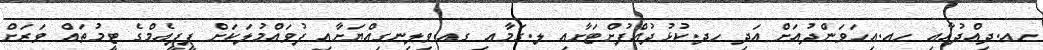
ހއ.ދިއްދުއާއި ހއ.އިހަވަންދުއަށް އަދި ހދ.ކުޅުދުއްފުށްޓަށާއި ލ.ގަމާއި ގއ.ވިލިނގިއްޔަށާއި ފުވައްމުލަކަށް ޕީޕީއެމްގެ ޓީމުތައް ވަރަށް